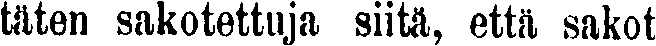
täten sakotettuja siitä, että sakot